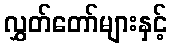
လွှတ်တော်များနှင့်